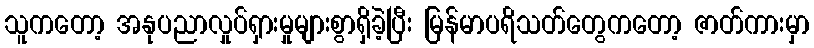
သူကတော့ အနုပညာလှုပ်ရှားမှုများစွာရှိခဲ့ပြီး မြန်မာပရိသတ်တွေကတော့ ဇာတ်ကားမှာ